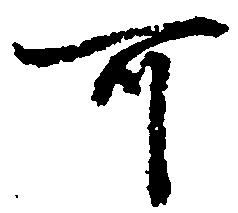
可